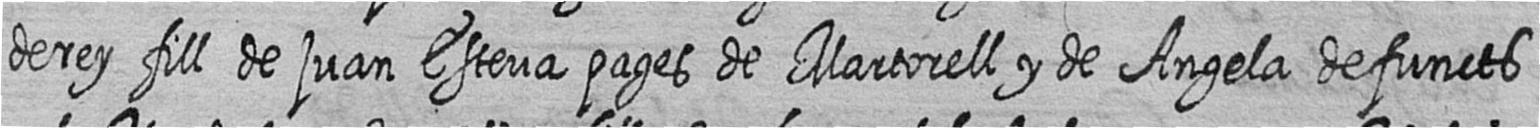
de rey fill de juan Esteva pages de Martorell y de Angela defuncts